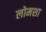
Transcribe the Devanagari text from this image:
लोमशा